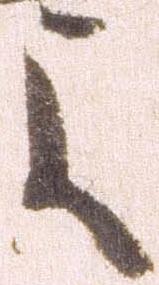
よ